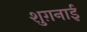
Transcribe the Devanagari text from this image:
शुग़नाई